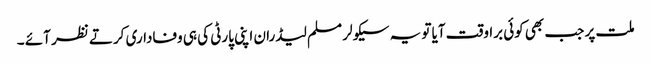
ملت پر جب بھی کوئی براوقت آیا تو یہ سیکولر مسلم لیڈران اپنی پارٹی کی ہی وفاداری کرتے نظر آئے ۔